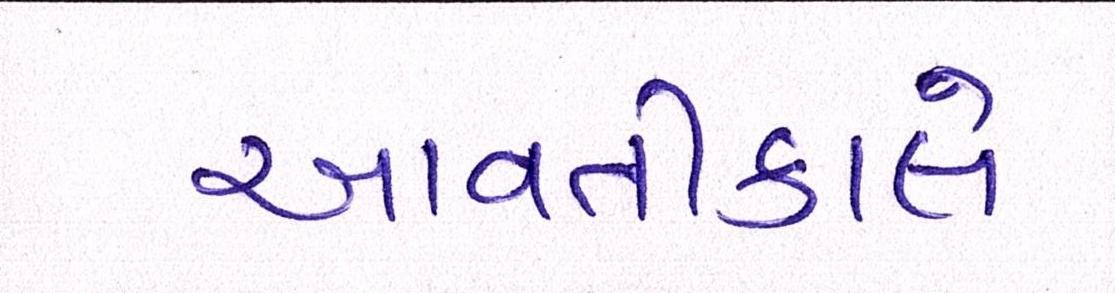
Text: આવતીકાલે